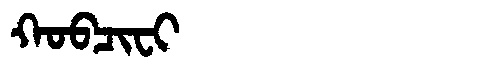
Manchu: ᡴᠣᠪᠴᡳᠸᡳ
Romanization: KOBCIFI